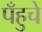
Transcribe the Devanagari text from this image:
पँहुचे